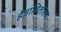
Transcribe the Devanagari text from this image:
हेवावितारण